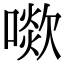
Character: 㗵